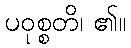
ပဝုစ္စတိ၊ ၏။